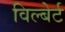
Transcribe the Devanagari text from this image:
विल्बेर्ट